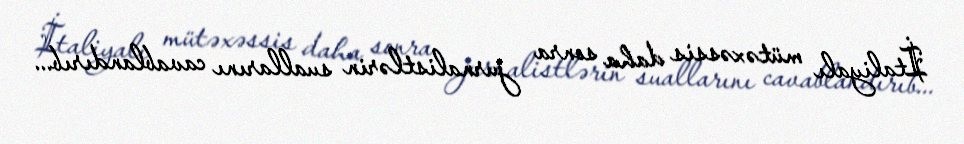
İtaliyalı mütəxəssis daha sonra jurnalistlərin suallarını cavablandırıb...